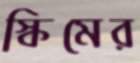
স্কিমের